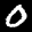
Label: 0